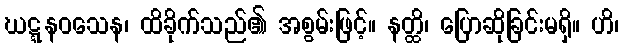
ဃဋ္ဋနဝသေန၊ ထိခိုက်သည်၏ အစွမ်းဖြင့်။ နတ္ထိ၊ ပြောဆိုခြင်းမရှိ။ ဟိ၊